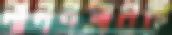
লালনসাধক